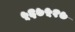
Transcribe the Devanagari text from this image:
५६७५१७